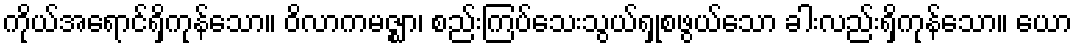
ကိုယ်အရောင်ရှိကုန်သော။ ဝိလာကမဇ္ဈာ၊ စည်းကြပ်သေးသွယ်ရှုစဖွယ်သော ခါးလည်းရှိကုန်သော။ ယော